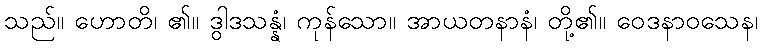
သည်။ ဟောတိ၊ ၏။ ဒွါဒသန္နံ၊ ကုန်သော။ အာယတနာနံ၊ တို့၏။ ဝေဒနာဝသေန၊